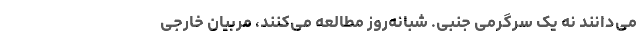
می‌دانند نه یک سرگرمی جنبی. شبانه‌روز مطالعه می‌کنند، مربیان خارجی